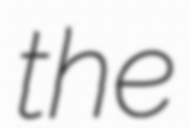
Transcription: the